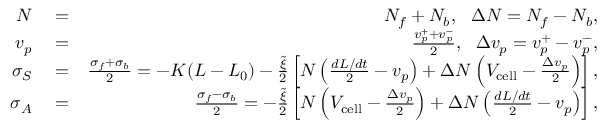
\begin{array} { r l r } { N } & { { } = } & { N _ { f } + N _ { b } , \ \ \Delta N = N _ { f } - N _ { b } , } \\ { v _ { p } } & { { } = } & { \frac { v _ { p } ^ { + } + v _ { p } ^ { - } } { 2 } , \ \ \Delta v _ { p } = v _ { p } ^ { + } - v _ { p } ^ { - } , } \\ { \sigma _ { S } } & { { } = } & { \frac { \sigma _ { f } + \sigma _ { b } } { 2 } = - K ( L - L _ { 0 } ) - \frac { \tilde { \xi } } { 2 } \left[ N \left( \frac { d L / d t } { 2 } - v _ { p } \right) + \Delta N \left( V _ { \mathrm { c e l l } } - \frac { \Delta v _ { p } } { 2 } \right) \right] , } \\ { \sigma _ { A } } & { { } = } & { \frac { \sigma _ { f } - \sigma _ { b } } { 2 } = - \frac { \tilde { \xi } } { 2 } \left[ N \left( V _ { \mathrm { c e l l } } - \frac { \Delta v _ { p } } { 2 } \right) + \Delta N \left( \frac { d L / d t } { 2 } - v _ { p } \right) \right] , } \end{array}